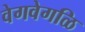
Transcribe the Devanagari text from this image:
वेगवेगळि